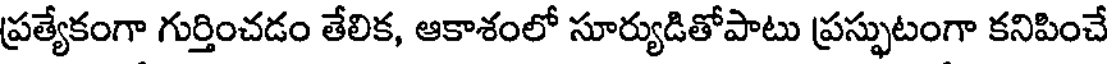
ప్రత్యేకంగా గుర్తించడం తేలిక, ఆకాశంలో సూర్యుడితోపాటు ప్రస్ఫుటంగా కనిపించే